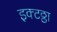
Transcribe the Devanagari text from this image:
इक्टठ्ठा